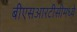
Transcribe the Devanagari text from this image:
बीएसआरटीसीमध्ये